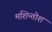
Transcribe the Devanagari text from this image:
मशिन्तोश